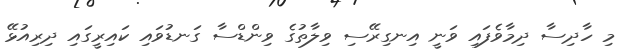
މި ހާދިސާ ދިމާވެފައި ވަނީ އިނގިރޭސި ވިލާތުގެ ވިންޑްސާ ގަނޑުވައި ކައިރީގައި ދިރިއުޅޭ